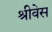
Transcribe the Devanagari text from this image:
श्रीवेस